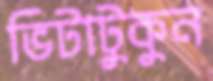
ভিটাটুকুন